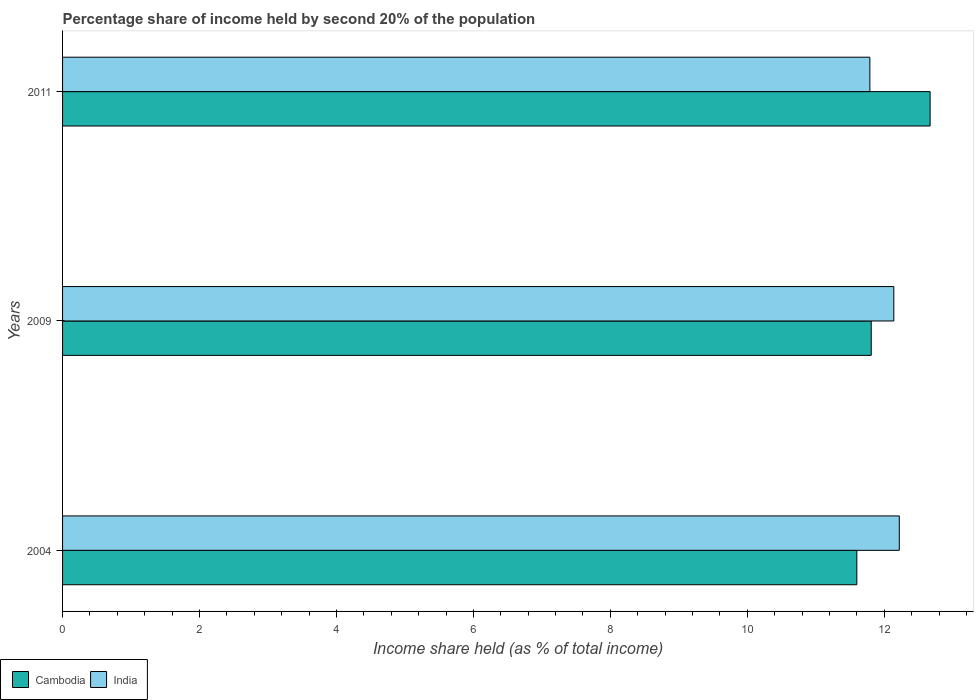
| Years | Cambodia | India |
 | --- | --- | --- |
 | 2004 | 11.6 | 12.2 |
 | 2009 | 11.8 | 12.1 |
 | 2011 | 12.7 | 11.8 |